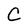
Character: C